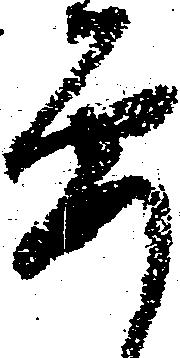
要